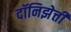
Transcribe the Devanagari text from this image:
दॉनिझेत्ती